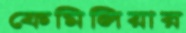
ফেমিলিয়ার